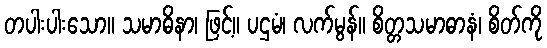
တပါးပါးသော။ သမာဓိနာ၊ ဖြင့်။ ပဌမံ၊ လက်မွန်။ စိတ္တသမာဓာနံ၊ စိတ်ကို